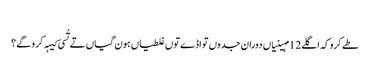
‏
طے کرو کہ اگلے 12 مہینیاں دوران جدوں تواڈے توں غلطیاں ہون گیاں تے تُسی کیہہ کرو گے؟